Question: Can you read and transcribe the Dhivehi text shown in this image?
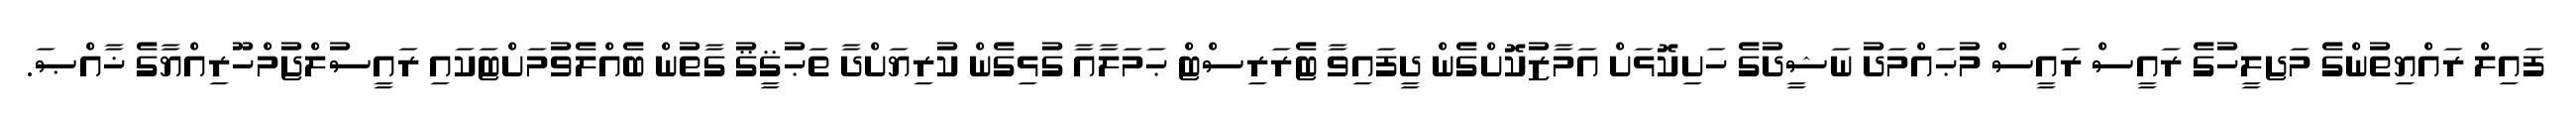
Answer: ފައިލް ރައްޔިތުންގެ މަޖލީހުގެ ރައީސް ރައީސް މުޙައްމަދު ނަޝީދުގެ ހަށިކޮޅަށް އަމާޒުކޮށްގެން ދީފައިވާ ޓެރަރިސްޓް ޙަމަލާއާ ގުޅިގެން ކުރިޔަށްދާ ތަޙުޤީޤު ގާތުން ބެއްލެވުމަށްޓަކައި ރައީސުލްޖުމްހޫރިއްޔާގެ ޚާއްޞަ.